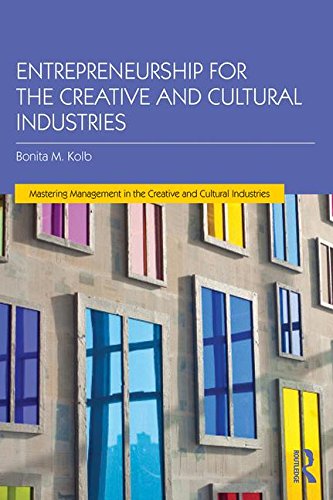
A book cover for Entrepreneurship for the Creative and Cultural Industries (Mastering Management in the Creative and Cultural Industries); Bonita Kolb; Arts & Photography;